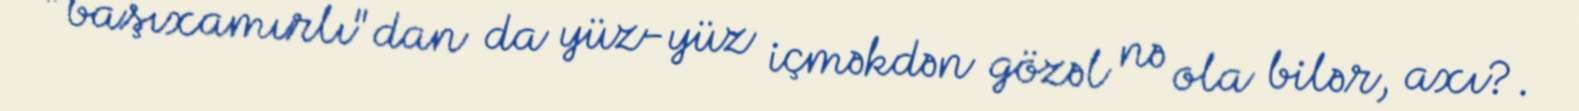
"başıxamırlı"dan da yüz-yüz içməkdən gözəl nə ola bilər, axı?.